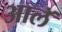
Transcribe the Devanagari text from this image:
आलॅ